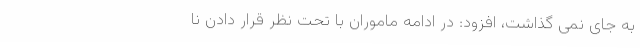
به جای نمی گذاشت، افزود: در ادامه ماموران با تحت نظر قرار دادن نا